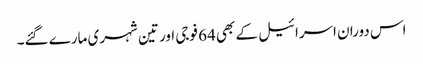
اس دوران اسرائیل کے بھی 64 فوجی اور تین شہری مارے گئے۔